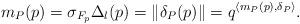
LaTeX: \begin{align*}m_P(p) = \sigma_{F_p} \Delta_l(p) = \| \delta_P(p) \| = q^{\langle m_P(p), \delta_P \rangle}. \end{align*}